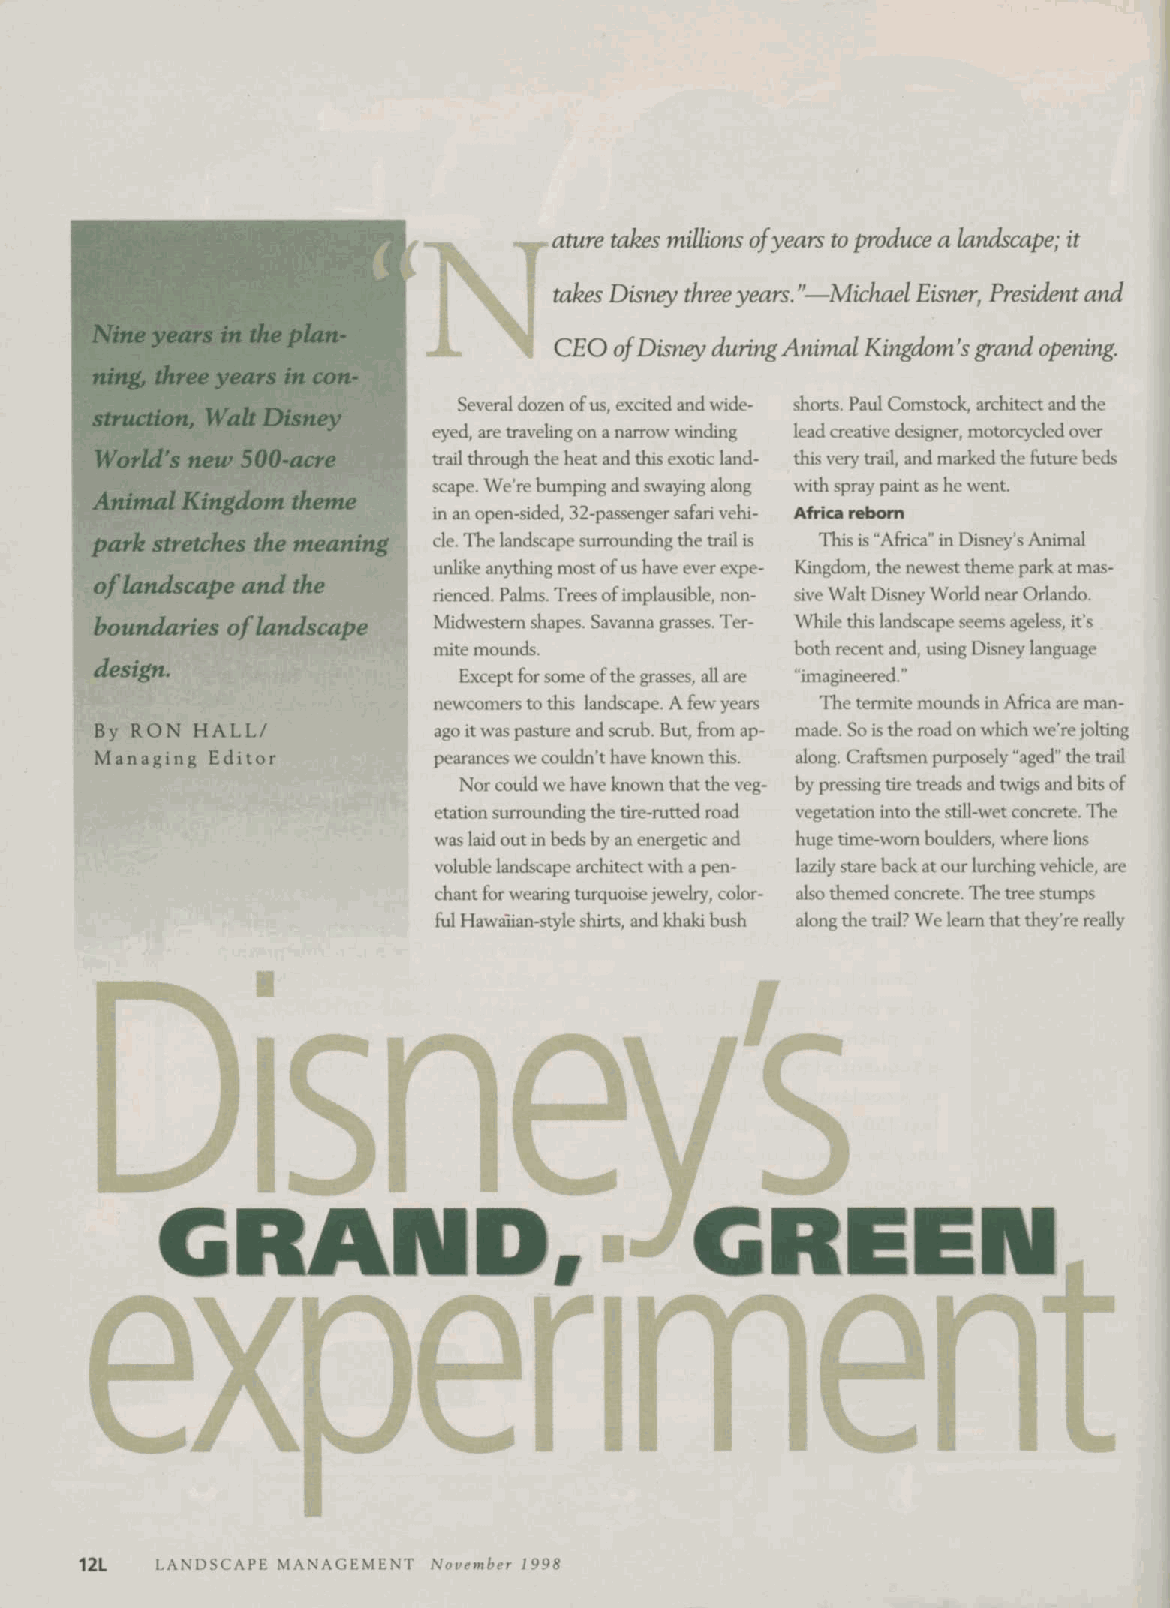
ature takes millions of years to produce a landscape; it
 takes Disney three years."—Michael Eisner, President and
 Nine years in the plan-
 CEO of Disney during Animal Kingdom's grand opening.
 ning, three years in con-
 Several dozen of us, excited and wide- shorts. Paul Comstock, architect and the
 struction, Wah Disney
 eyed, are traveling on a narrow winding lead creative designer, motorcycled over
 World's new 500-acre   trail through the heat and this exotic land- this very trail, and marked the future beds
 scape. We're bumping and swaying along with spray paint as he went.
 Animal Kingdom theme
 in an open-sided, 32-passenger safari vehi- Africa reborn
 park stretches the meaning cle. The landscape surrounding the trail is This is "Africa" in Disney's Animal
 unlike anything most of us have ever expe- Kingdom, the newest theme park at mas-
 of landscape and the
 rienced. Palms. Trees of implausible, non- sive Walt Disney World near Orlando.
 boundaries of landscape Midwestern shapes. Savanna grasses. Ter- While this landscape seems ageless, it's
 mite mounds.            both recent and, using Disney language
 design.
 Except for some of the grasses, all are "imagineered."
 newcomers to this landscape. A few years The termite mounds in Africa are man-
 By RON HALL/           ago it was pasture and scrub. But, from ap- made. So is the road on which we're jolting
 Managing Editor        pearances we couldn't have known this. along. Craftsmen purposely "aged" the trail
 Nor could we have known that the veg- by pressing tire treads and twigs and bits of
 etation surrounding the tire-rutted road vegetation into the still-wet concrete. The
 was laid out in beds by an energetic and huge time-worn boulders, where lions
 voluble landscape architect with a pen- lazily stare back at our lurching vehicle, are
 chant for wearing turquoise jewelry, color- also themed concrete. The tree stumps
 ful Hawaiian-style shirts, and khaki bush along the trail? We leam that they're really
 Disney's
 G     R    A    N    D,             G    R    E    EN
 experiment